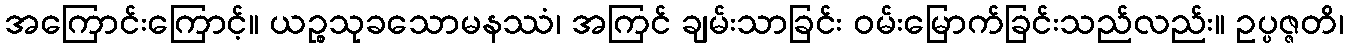
အကြောင်းကြောင့်။ ယဉ္စသုခသောမနဿံ၊ အကြင် ချမ်းသာခြင်း ဝမ်းမြောက်ခြင်းသည်လည်း။ ဥပ္ပဇ္ဇတိ၊